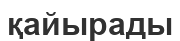
қайырады